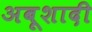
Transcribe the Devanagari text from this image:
अबूशादी